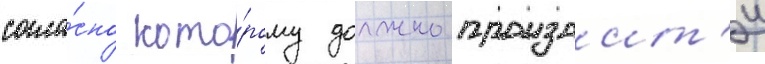
согла́сно кото́рому должно произоит'и